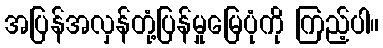
အပြန်အလှန်တုံ့ပြန်မှုမြေပုံကို ကြည့်ပါ။